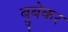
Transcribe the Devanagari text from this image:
ब्रुबेकर